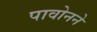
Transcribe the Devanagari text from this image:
पावोनने